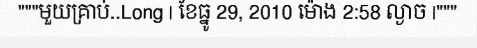
"""មួយគ្រាប់..Long | ខែធ្នូ 29, 2010 ម៉ោង 2:58 ល្ងាច |"""